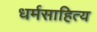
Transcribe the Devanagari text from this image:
धर्मसाहित्य